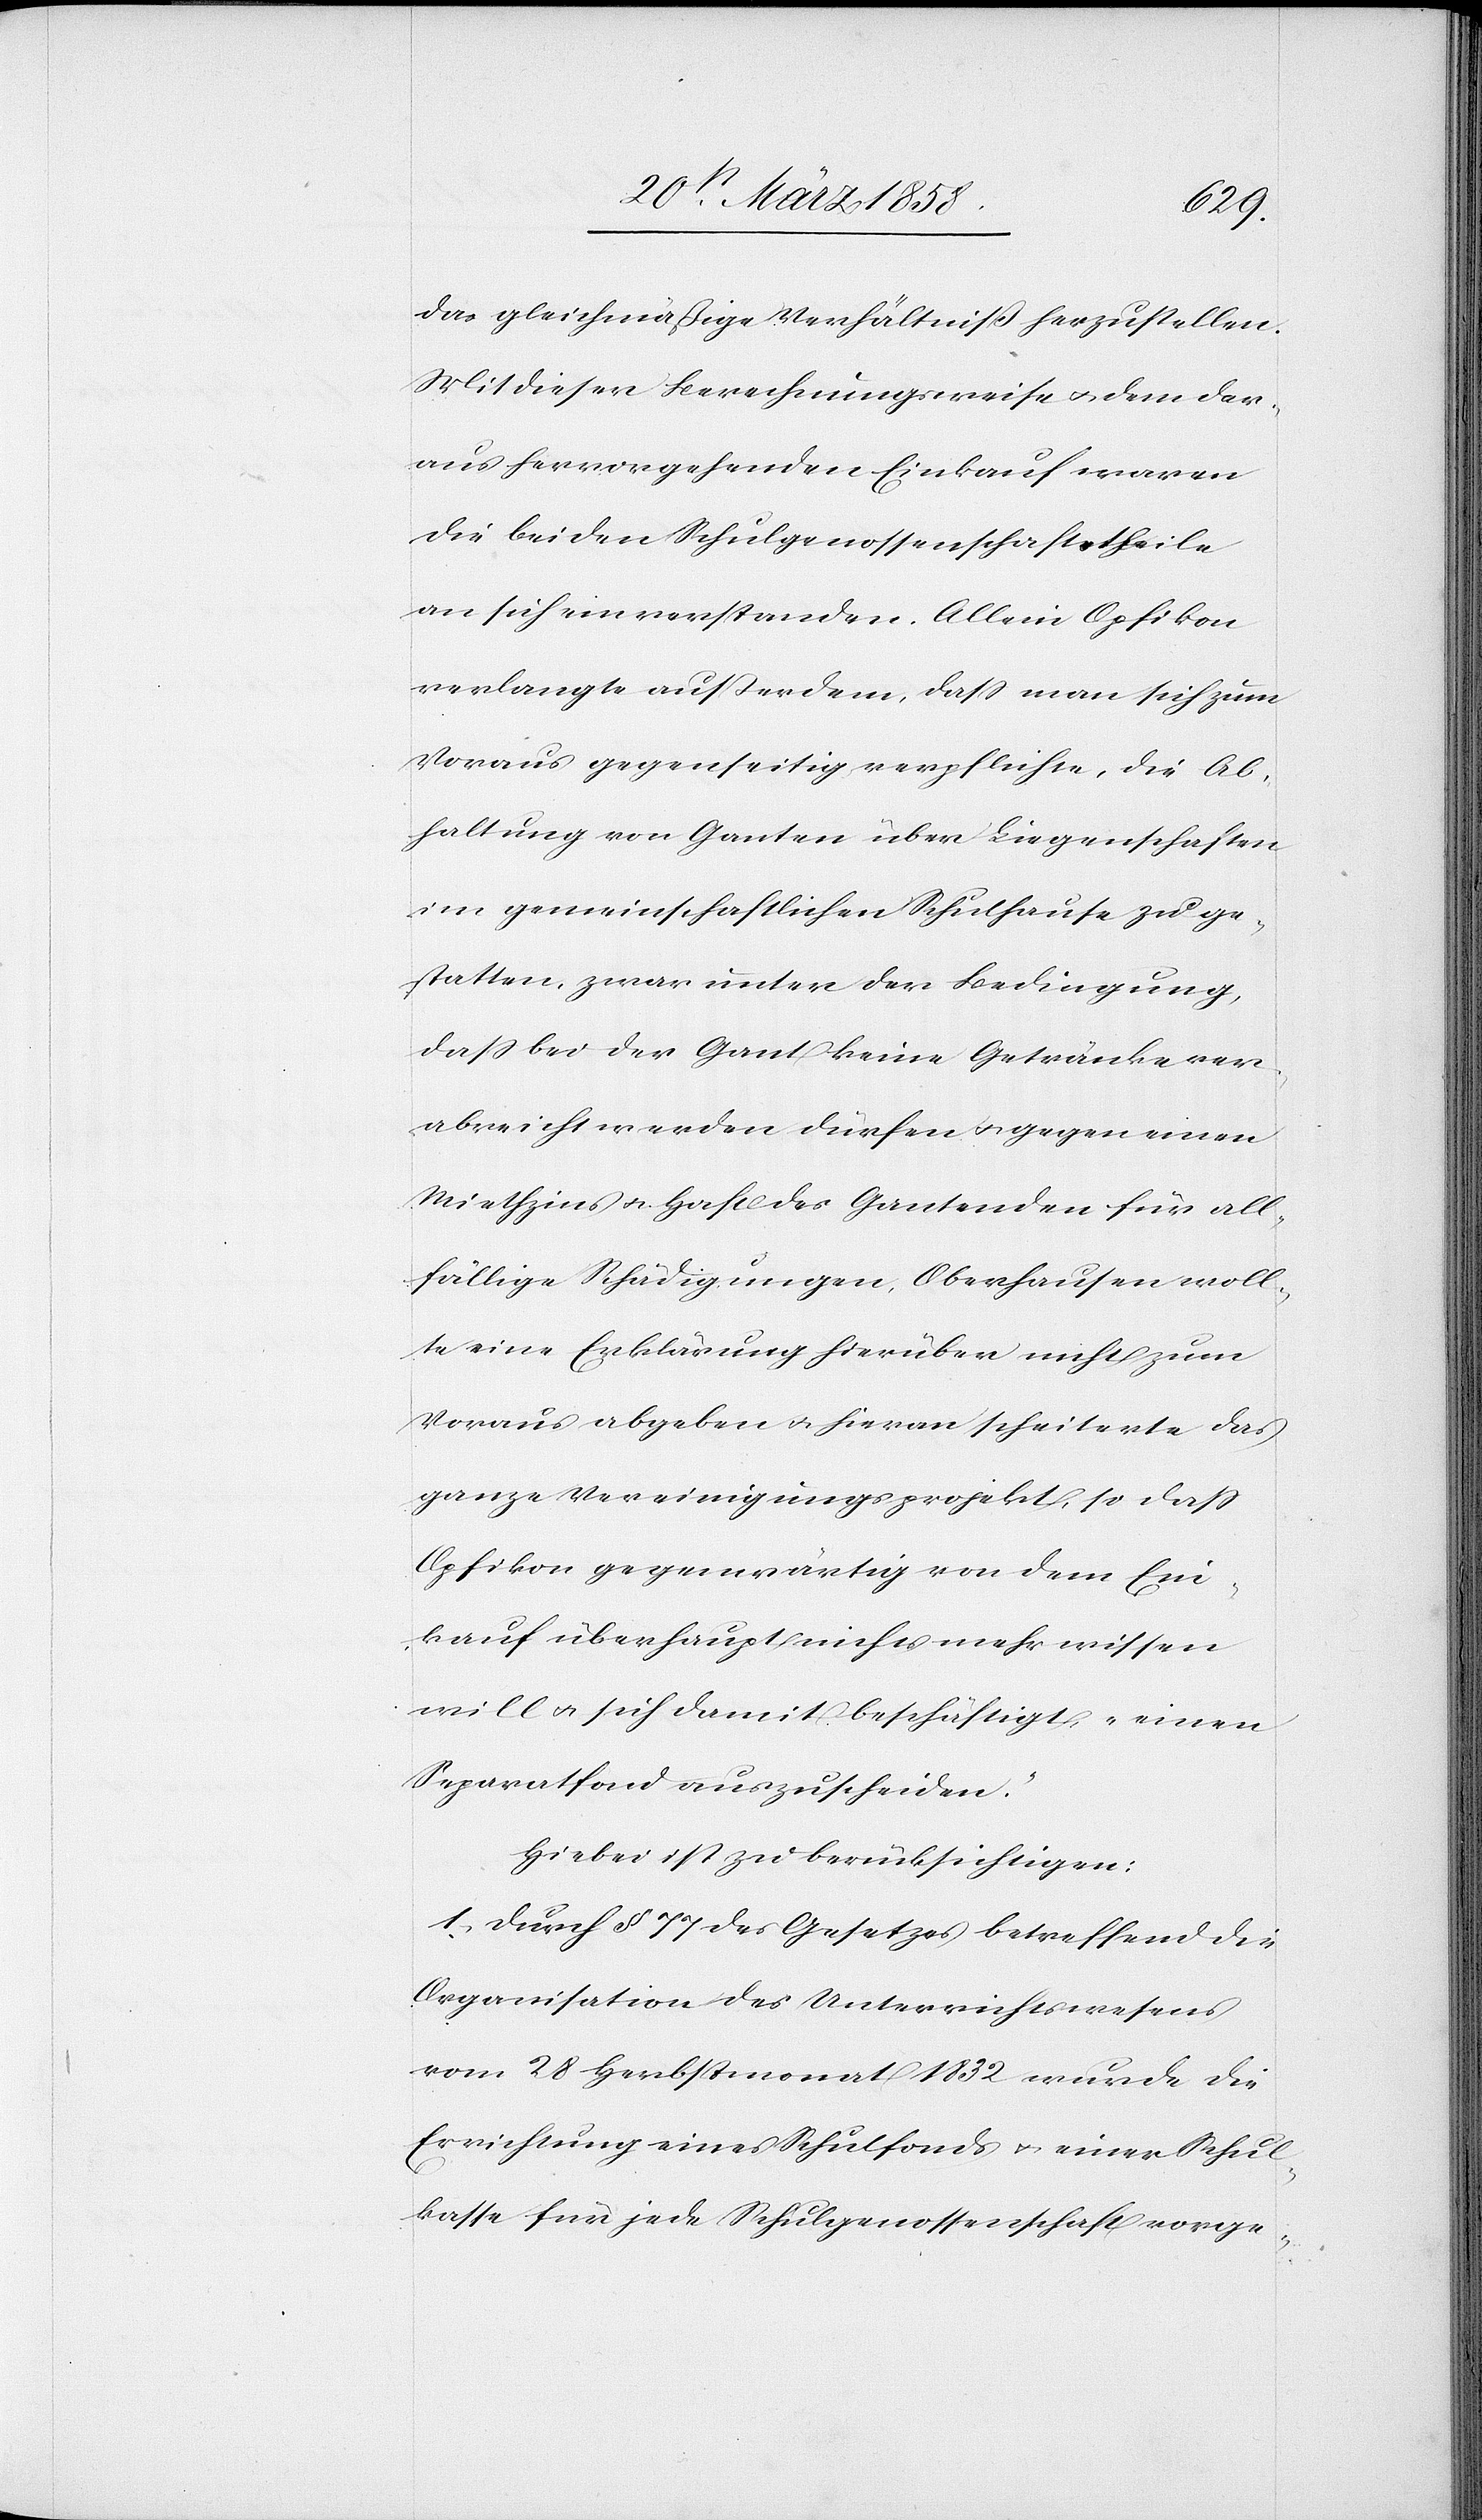
das gleichmäßige Verhältniß herzustellen.
Mit dieser Berechnungsweise u. dem dar¬
aus hervorgehenden Einkauf waren
die beiden Schulgenossenschaftstheile
an sich einverstanden. Allein Opfikon
verlangte außerdem, daß man sich zum
Voraus gegenseitig verpflichte, die Ab¬
haltung von Ganten über Liegenschaften
im gemeinschaftlichen Schulhause zu ge¬
statten, zwar unter der Bedingung,
daß bei der Gant keine Getränke ver¬
abreicht werden dürfen u. gegen einen
Miethzins u. Haft des Ganten den für all¬
fällige Schädigungen. Oberhausen woll¬
te eine Erklärung hierüber nicht zum
Voraus abgeben u. hieran scheiterte das
ganze Vereinigungsprojekt, so daß
Opfikon gegenwärtig von dem Ein¬
kauf überhaupt nichts mehr wissen
will u. sich damit beschäftigt, „einen
Separatfond auszuscheiden.“
Hiebei ist zu berücksichtigen:
1. Durch § 77 des Gesetzes betreffend die
Organisation des Unterrichtswesens
vom 28. Herbstmonat 1832 wurde die
Errichtung eines Schulfonds u. einer Schul¬
kasse für jede Schulgenossenschaft vorge-